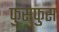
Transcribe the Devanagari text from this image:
फुसफुस